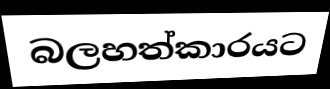
බලහත්කාරයට